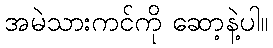
အမဲသားကင်ကို ဆော့နဲ့ပါ။